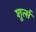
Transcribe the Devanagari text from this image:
शुर्त्स